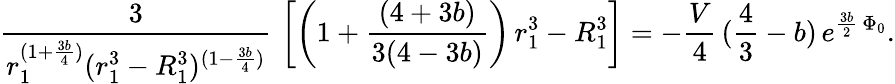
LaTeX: {\frac{3}{r_{1}^{(1+{\frac{3b}{4}})}(r_{1}^{3}-R_{1}^{3})^{(1-{\frac{3b}{4}})}}}\, \left[\left(1+{\frac{(4+3b)}{3(4-3b)}}\right)\, r_{1}^{3}-R_{1}^{3}\right]=-{\frac{V}{4}}\, ({\frac{4}{3}}-b)\, e^{{\frac{3b}{2}}\, \Phi_{0}}.